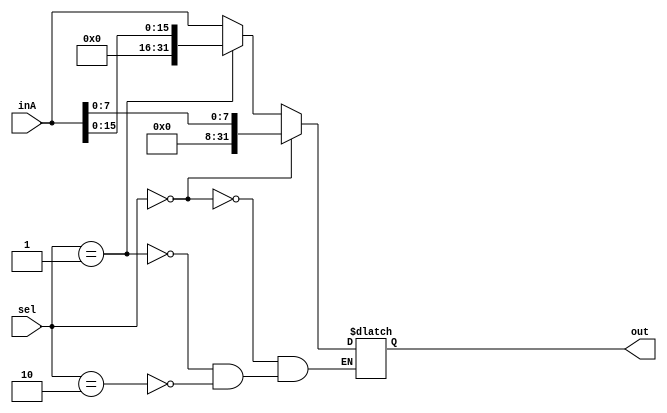
`timescale 1ns / 1ps

////////////////////////////////////////////////////////////////////////////////
// ECE369 - Computer Architecture
// //Jennifer Nadolski / Joseph Emnett
// Module - Mux32Bit2To1.v
// Description - Performs signal multiplexing between 2 32-Bit words.
////////////////////////////////////////////////////////////////////////////////

module StoreMux(out, inA, sel);

    output reg [31:0] out;
    
    input [31:0] inA;
    input [1:0] sel;
always @(sel, inA)begin
    if(sel == 2'b00) begin
        out<=inA[7:0];
       end
     else if(sel == 2'b01)begin
     out<=inA[15:0];
    end
    else if(sel == 2'b10)begin
        out <= inA;
    end

end 

endmodule